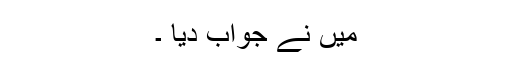
میں نے جواب دیا ۔